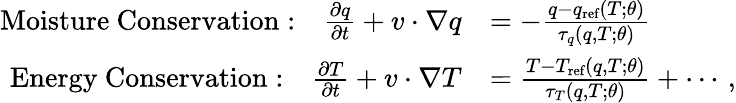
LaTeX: \begin{array}{rl}{\mathrm{Moisture~Conservation:}\quad\frac{\partial q}{\partial t}+{v}\cdot\nabla q}&{=-\frac{q-q_{\textrm{ref}}(T;{\theta})}{\tau_{q}(q,T;{\theta})}}\\ {\mathrm{Energy~Conservation:}\quad\frac{\partial T}{\partial t}+{v}\cdot\nabla T}&{=\frac{T-T_{\textrm{ref}}(q,T;{\theta})}{\tau_{T}(q,T;{\theta})}+\cdots\, ,}\end{array}